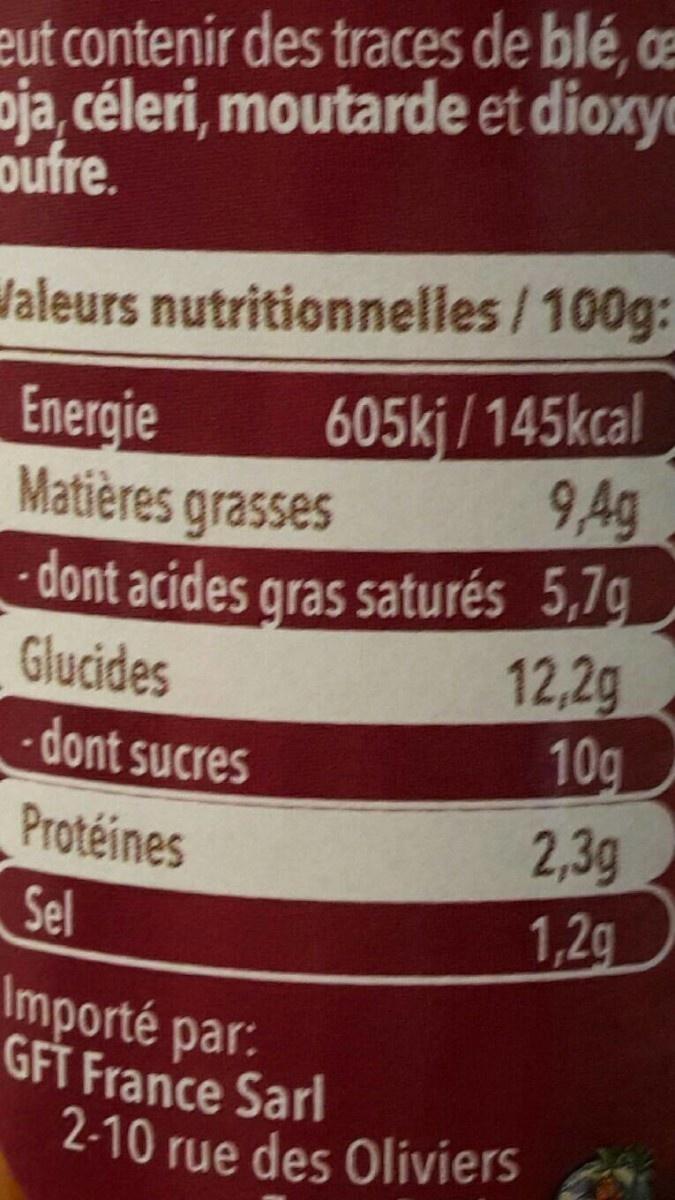
eut contenir des traces de blé, ce oja, céleri, moutarde et dioxye oufre.
daleurs nutritionnelles/ 100g:
605kj/145kcal 9,Ag
Energie Matières grasses - dont acides gras saturés 5,7g Glucides -dont sucres
12,2g 10g
Protéines Sel
2,3g 1,2g
Importé par: GFT France Sarl 2-10 rue des Oliviers